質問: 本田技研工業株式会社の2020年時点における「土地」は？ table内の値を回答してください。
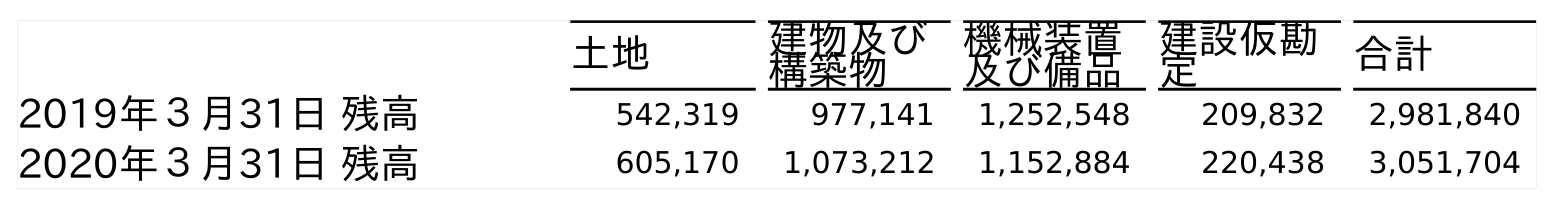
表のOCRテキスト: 土地 建物及び 構築物 機械装置 及び備品 建設仮勘 定 合計 2019年３月31日 残高 542,319 977,141 1,252,548 209,832 2,981,840 2020年３月31日 残高 605,170 1,073,212 1,152,884 220,438 3,051,704
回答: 605,170